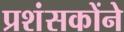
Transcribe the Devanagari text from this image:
प्रशंसकोंने